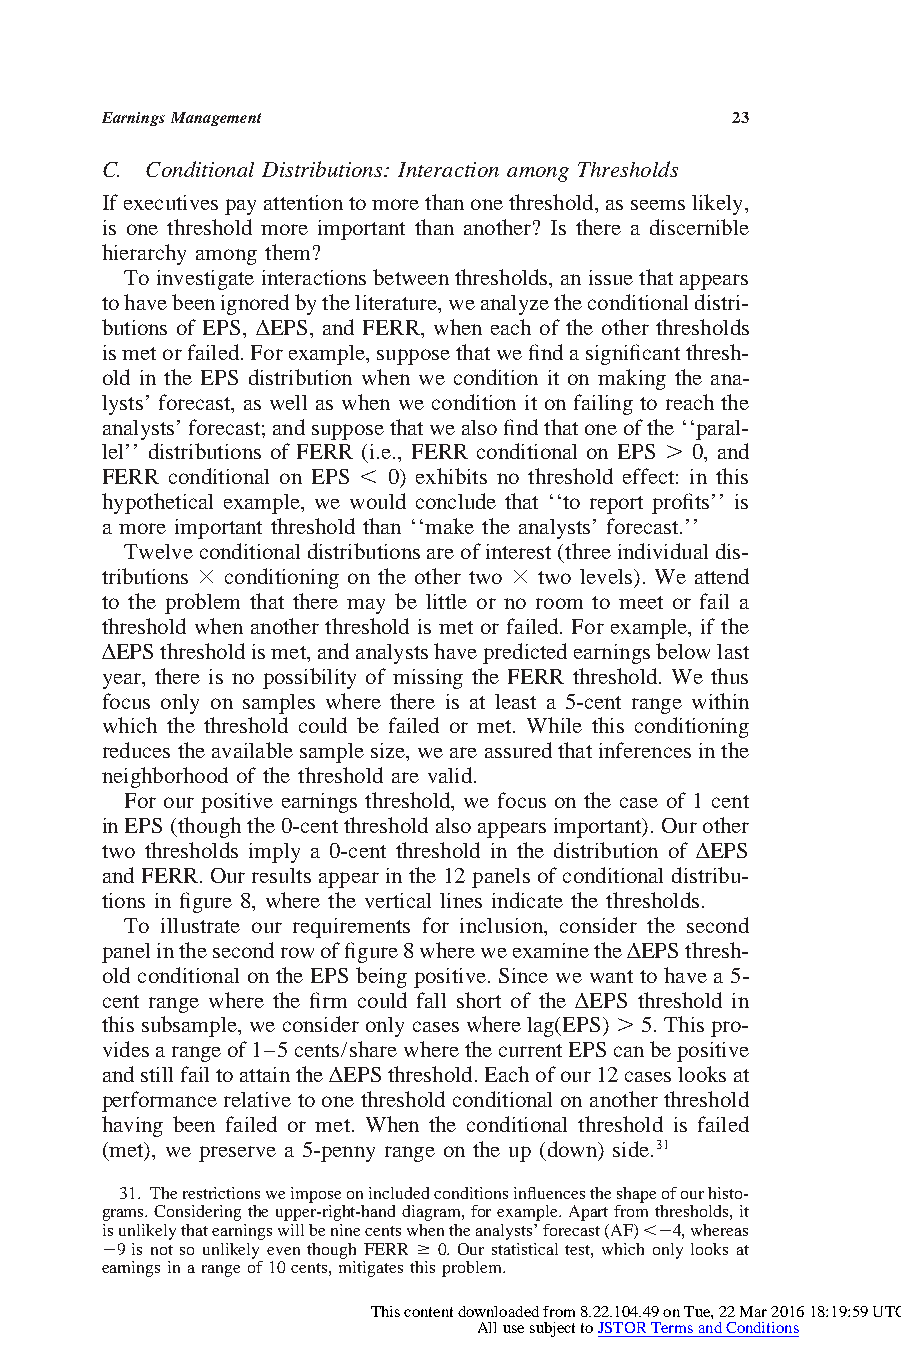
EarningsManagement                       23
 C. Conditional Distributions: Interaction among Thresholds
 Ifexecutivespayattentiontomorethanonethreshold,asseemslikely,
 is one threshold more important than another? Is there a discernible
 hierarchy among them?
 Toinvestigateinteractionsbetweenthresholds,anissuethatappears
 tohavebeenignoredbytheliterature,weanalyzetheconditionaldistri-
 butions of EPS, D EPS, and FERR, when each of the other thresholds
 ismetorfailed.Forexample,supposethatwefindasignificantthresh-
 old in the EPS distribution when we condition it on making the ana-
 lysts’ forecast, as well as when we condition it on failing to reach the
 analysts’forecast;andsupposethatwealsofindthatoneofthe‘‘paral-
 lel’’ distributions of FERR (i.e., FERR conditional on EPS . 0, and
 FERR conditional on EPS , 0) exhibits no threshold effect: in this
 hypothetical example, we would conclude that ‘‘to report profits’’ is
 a more important threshold than ‘‘make the analysts’ forecast.’’
 Twelveconditionaldistributionsareofinterest(threeindividualdis-
 tributions 3 conditioning on the other two 3 two levels). We attend
 to the problem that there may be little or no room to meet or fail a
 threshold when another threshold is met or failed. For example, if the
 D EPSthresholdismet,andanalystshavepredictedearningsbelowlast
 year, there is no possibility of missing the FERR threshold. We thus
 focus only on samples where there is at least a 5-cent range within
 which the threshold could be failed or met. While this conditioning
 reducestheavailablesamplesize,weareassuredthatinferencesinthe
 neighborhood of the threshold are valid.
 For our positive earnings threshold, we focus on the case of 1 cent
 inEPS(thoughthe0-centthresholdalsoappearsimportant).Ourother
 two thresholds imply a 0-cent threshold in the distribution of D EPS
 and FERR. Our results appearin the 12panels of conditionaldistribu-
 tions in figure 8, where the vertical lines indicate the thresholds.
 To illustrate our requirements for inclusion, consider the second
 panelinthesecondrowoffigure8whereweexaminetheD EPSthresh-
 old conditional on the EPS being positive. Since we want to havea 5-
 cent range where the firm could fall short of the D EPS threshold in
 thissubsample,weconsideronlycaseswherelag(EPS) .5.Thispro-
 videsarangeof1–5cents/sharewherethecurrentEPScanbepositive
 andstillfailtoattaintheD EPSthreshold.Eachofour12caseslooksat
 performancerelativetoone thresholdconditionalonanotherthreshold
 having been failed or met. When the conditional threshold is failed
 (met), we preserve a 5-penny range on the up (down) side.31
 31. Therestrictionsweimposeonincludedconditionsinfluencestheshapeofourhisto-
 grams.Consideringtheupper-right-handdiagram,forexample.Apartfromthresholds,it
 isunlikelythatearningswillbeninecentswhentheanalysts’forecast(AF),24,whereas
 29 is not so unlikely even though FERR $ 0. Our statistical test, which only looks at
 earningsinarangeof10cents,mitigatesthisproblem.
 This content downloaded from 8.22.104.49 on Tue, 22 Mar 2016 18:19:59 UTC
 All use subject to JSTOR Terms and Conditions